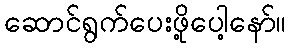
ဆောင်ရွက်ပေးဖို့ပေါ့နော်။